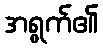
အရွက်၏